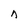
Character: n